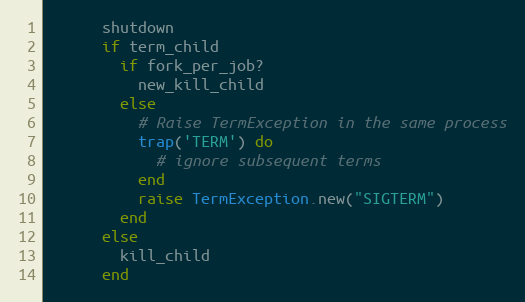
Language: Ruby
      shutdown
      if term_child
        if fork_per_job?
          new_kill_child
        else
          # Raise TermException in the same process
          trap('TERM') do
            # ignore subsequent terms
          end
          raise TermException.new("SIGTERM")
        end
      else
        kill_child
      end